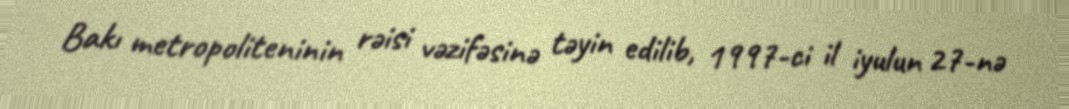
Bakı metropoliteninin rəisi vəzifəsinə təyin edilib, 1997-ci il iyulun 27-nə